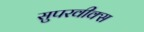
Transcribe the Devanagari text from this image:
सुपरवीक्स